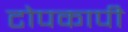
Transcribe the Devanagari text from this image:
टोपकापी